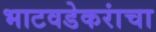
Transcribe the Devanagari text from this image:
भाटवडेकरांचा